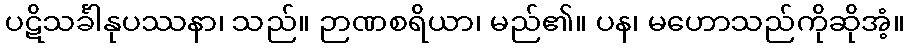
ပဋိသင်္ခါနုပဿနာ၊ သည်။ ဉာဏစရိယာ၊ မည်၏။ ပန၊ မဟောသည်ကိုဆိုအံ့။